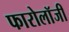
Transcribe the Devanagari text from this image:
फारोलॉजी